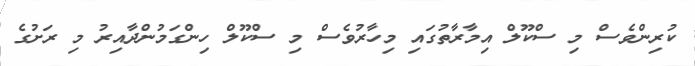
ކުރިންވެސް މި ސްކޫލް އިމާރާތުގައި މިހާރުވެސް މި ސްކޫލް ހިންގަމުންދާއިރު މި ރަށުގެ